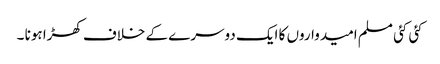
کئی کئی مسلم امیدواروں کا ایک دوسرے کے خلاف کھڑا ہونا ۔